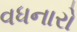
વધનારો